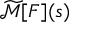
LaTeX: { \widetilde { \mathcal { M } } } [ F ] ( s )